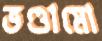
ভণ্ডামো